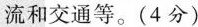
流和交通等。(4分)